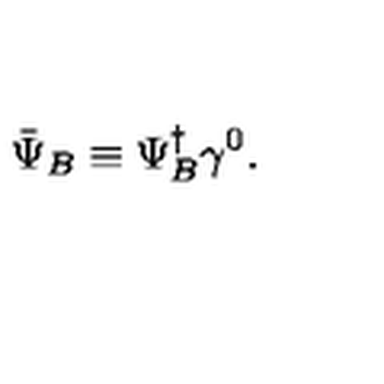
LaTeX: \bar { \Psi } _ { B } \equiv \Psi _ { B } ^ { \dagger } \gamma ^ { 0 } .